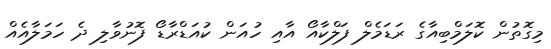
މިގޮތުން ކޮލަމްބިއާގެ ރަޑަމެލް ފަލްކާއޯ އާއި ހުއަން ކުއަޑްރާޑޯ ފޮނުވާލި ދެ ހަމަލާއެއް